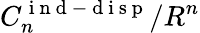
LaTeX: C_{n}^{\mathrm{~i~n~d~-~d~i~s~p~}}/R^{n}